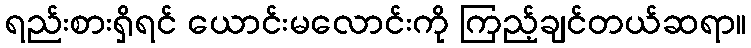
ရည်းစားရှိရင် ယောင်းမလောင်းကို ကြည့်ချင်တယ်ဆရာ။